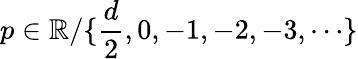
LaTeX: p\in\mathbb{R}/\{ \frac{d}{2},0,-1,-2,-3,\cdots\}